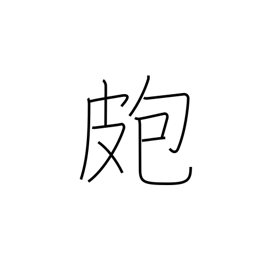
Meaning: pimple